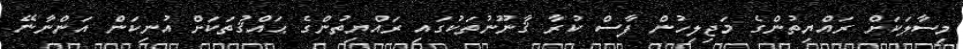
މިސާލަކަށް ރައްޔިތުންގެ މަޖިލިހުން ފާސް ކުރާ ޤާނޫނުތަކުގައި ރައްޔިތުންގެ ޙައްޤުތަކަށް އުނިކަން އަންނާނޭ